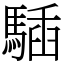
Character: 䮢